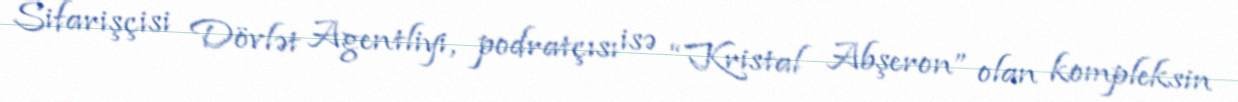
Sifarişçisi Dövlət Agentliyi, podratçısı isə “Kristal Abşeron” olan kompleksin